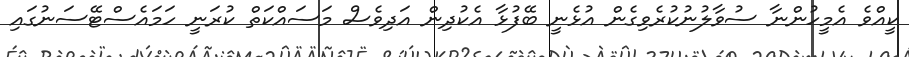
ކީއްވެ އެމީހުންނާ ސުވާލުނުކުރެވިގެން އުޅެނީ ބޭފުޅާ އެކުދިން އަދިވެސް މަސައްކަތް ކުރަނީ ހަމައެސްޓޭސަނުގައި